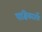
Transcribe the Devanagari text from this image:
पाक्षिकातर्फे